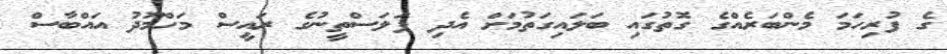
ގެ ފުރިހަމަ މެންބަރެއްގެ ގޮތުގައި ބަލައިގަތުމަށް އެދި ފަލަސްތީނުގެ ރައީސް މަހްމޫދު އައްބާސް